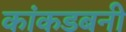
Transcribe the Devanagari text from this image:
कांकडबनी